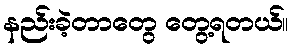
နည်းခဲ့တာတွေ တွေ့ရတယ်။